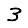
Digit: 3